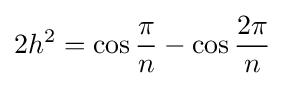
2h^{2}=\cos {\frac {\pi }{n}}-\cos {\frac {2\pi }{n}}